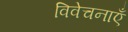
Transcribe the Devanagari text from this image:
विवेचनाएँ